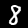
Digit: 8